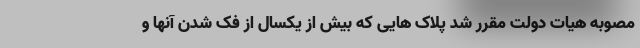
مصوبه هیات دولت مقرر شد پلاک هایی که بیش از یکسال از فک شدن آنها و